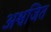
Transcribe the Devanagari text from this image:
अश्वजित